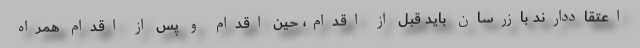
اعتقاددارند بازرسان باید قبل از اقدام، حین اقدام و پس از اقدام همراه